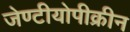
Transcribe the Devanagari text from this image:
जेण्टीयोपीक्रीन